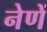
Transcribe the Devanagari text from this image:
नेणें